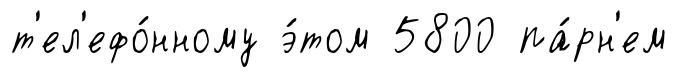
т'ел'ефо́нному э́том 5800 па́рн'ем